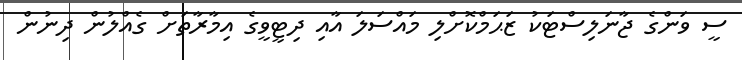
ސީ ވަންގެ ޖާނަލިސްޓަކު ޒަޙަމްކޮށްލި މައްސަލަ އާއި ދިޓީވީގެ އިމާރާތަށް ގެއްލުން ދިނުން